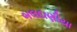
બલદાણીયા